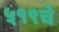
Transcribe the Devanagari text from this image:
५१९चे